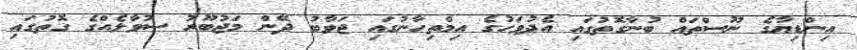
އިންޑިޔާގެ ނޫސްތައް ބުނާގޮތުގައި އެދުވަހުގެ އިމްތިހާނުގައި ޖަވާބު ދޭން މަޖުބޫރު ސުވާލެއްގެ ގޮތުގައި